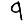
Digit: 9